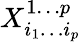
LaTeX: X_{i_{1}\dotsc i_{p}}^{1\dotsc p}